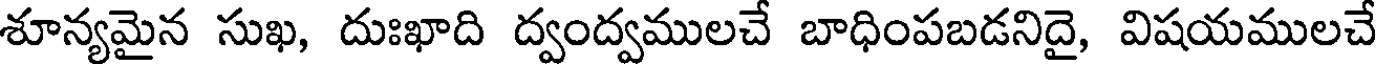
శూన్యమైన సుఖ, దుఃఖాది ద్వంద్వములచే బాధింపబడనిదై, విషయములచే